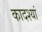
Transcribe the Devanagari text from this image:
कादश्यां